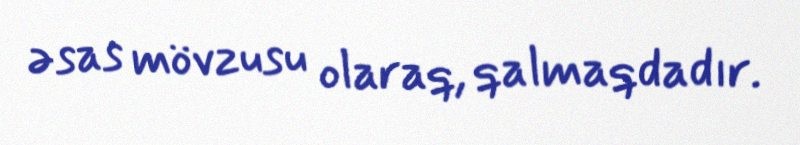
əsas mövzusu olaraq, qalmaqdadır.